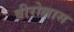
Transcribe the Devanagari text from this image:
वीरोल्लास